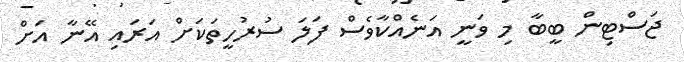
ޖަސްޓިން ބީބާ މި ވަނީ އަނެއްކާވެސް ފަލަ ސުރުހީތަކަށް އަރައި އޭނާ އަށް